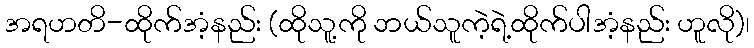
အရဟတိ-ထိုက်အံ့နည်း (ထိုသူ့ကို ဘယ်သူကဲ့ရဲ့ထိုက်ပါအံ့နည်း ဟူလို)၊